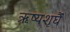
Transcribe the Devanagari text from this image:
ऋष्यशृर्घैं